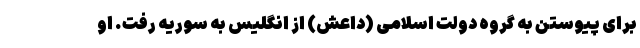
برای پیوستن به گروه دولت اسلامی (داعش) از انگلیس به سوریه رفت. او